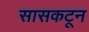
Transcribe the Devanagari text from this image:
सासकटून